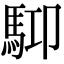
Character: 𩢞